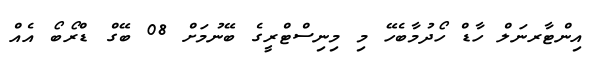
އިންޓާރނަލް ހާޑް ހޯދުމާބެހޭ މި މިނިސްޓްރީގެ ބޭނުމަށް 08 ބޭގް ޑްރޯބޯ އެއް